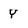
Character: Y